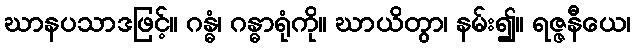
ဃာနပသာဒဖြင့်။ ဂန္ဓံ၊ ဂန္ဓာရုံကို။ ဃာယိတွာ၊ နမ်း၍။ ရဇ္ဇနီယေ၊